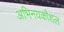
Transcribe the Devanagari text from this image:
अभिनयकौशल